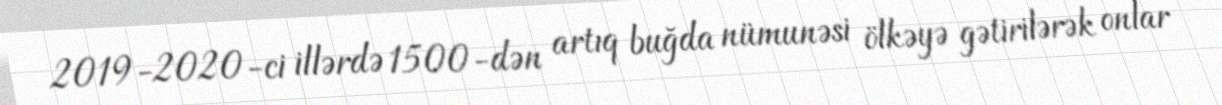
2019-2020-ci illərdə 1500-dən artıq buğda nümunəsi ölkəyə gətirilərək onlar